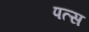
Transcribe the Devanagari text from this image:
पत्स